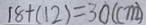
1 8 + ( 1 2 ) = 3 0 ( c m )